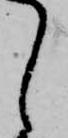
し